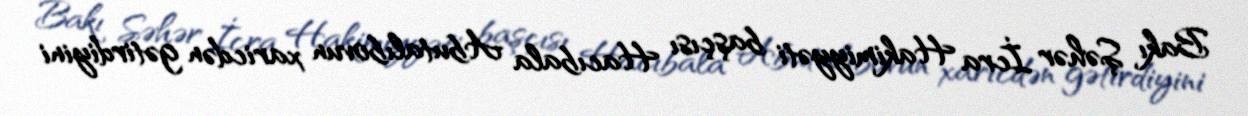
Bakı Şəhər İcra Hakimiyyəti başçısı Hacıbala Abutalıbovun xaricdən gətirdiyini